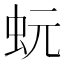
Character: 蚖